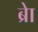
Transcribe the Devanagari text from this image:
ब्राे